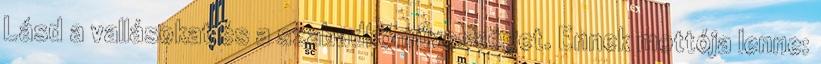
Lásd a vallásokat és a szabadkőművességet. Ennek mottója lenne: